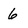
Character: 6